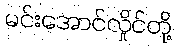
မင်းအောင်လှိုင်တို့